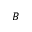
\boldsymbol { B }